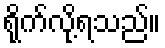
ရိုက်လို့ရသည်။